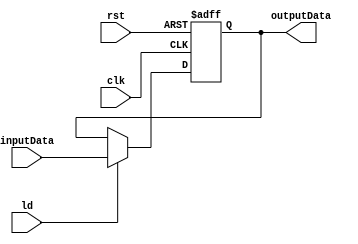
`timescale 1ns/1ns
module Register (
    clk,
    rst,
    ld,
    inputData,
    outputData,
);
    parameter size = 3;

    input clk, rst;
    input ld;
    input [size-1:0]inputData;

    output reg [size - 1:0] outputData;

    always @(posedge clk, posedge rst) begin
        if(rst) begin
            outputData = {size{1'b0}};
        end

        else if (ld) begin
            outputData = inputData;
        end
        
    end

endmodule